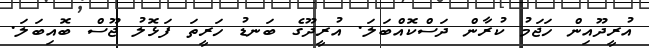
އުރީދޫއިން ހަޖަމު ކުރާން ދަސްކޮއްބަލަ. އުރީދޫގެ ބަނޑު ހަރީތަ ފަޅޮލު ޖޫސް ބޮއިބަލަ.